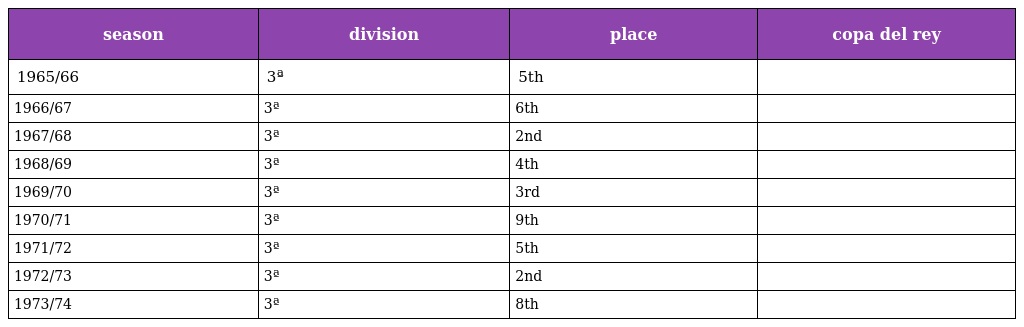
| season | division | place | copa del rey |
 | --- | --- | --- | --- |
 | 1965/66 | 3ª | 5th |  |
 | 1966/67 | 3ª | 6th |  |
 | 1967/68 | 3ª | 2nd |  |
 | 1968/69 | 3ª | 4th |  |
 | 1969/70 | 3ª | 3rd |  |
 | 1970/71 | 3ª | 9th |  |
 | 1971/72 | 3ª | 5th |  |
 | 1972/73 | 3ª | 2nd |  |
 | 1973/74 | 3ª | 8th |  |